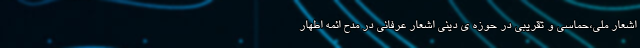
اشعار ملی،حماسی و تقریبی در حوزه ی دینی اشعار عرفانی در مدح ائمه اطهار